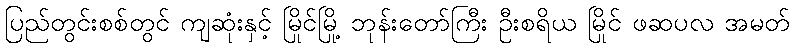
ပြည်တွင်းစစ်တွင် ကျဆုံးနှင့် မြိုင်မြို့ ဘုန်းတော်ကြီး ဦးစရိယ မြိုင် ဖဆပလ အမတ်